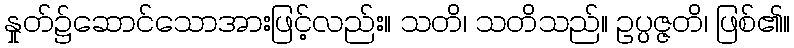
နှုတ်၌ဆောင်သောအားဖြင့်လည်း။ သတိ၊ သတိသည်။ ဥပ္ပဇ္ဇတိ၊ ဖြစ်၏။